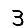
Digit: 3